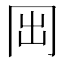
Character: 𠕐